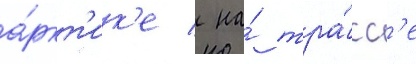
а́ркт'ик'е / на́ тра́сс'е